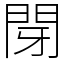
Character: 閕